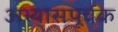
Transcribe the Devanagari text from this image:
अभ्यासपूर्वक